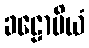
ခဠောပိယံ